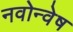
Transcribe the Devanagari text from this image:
नवोन्वेष